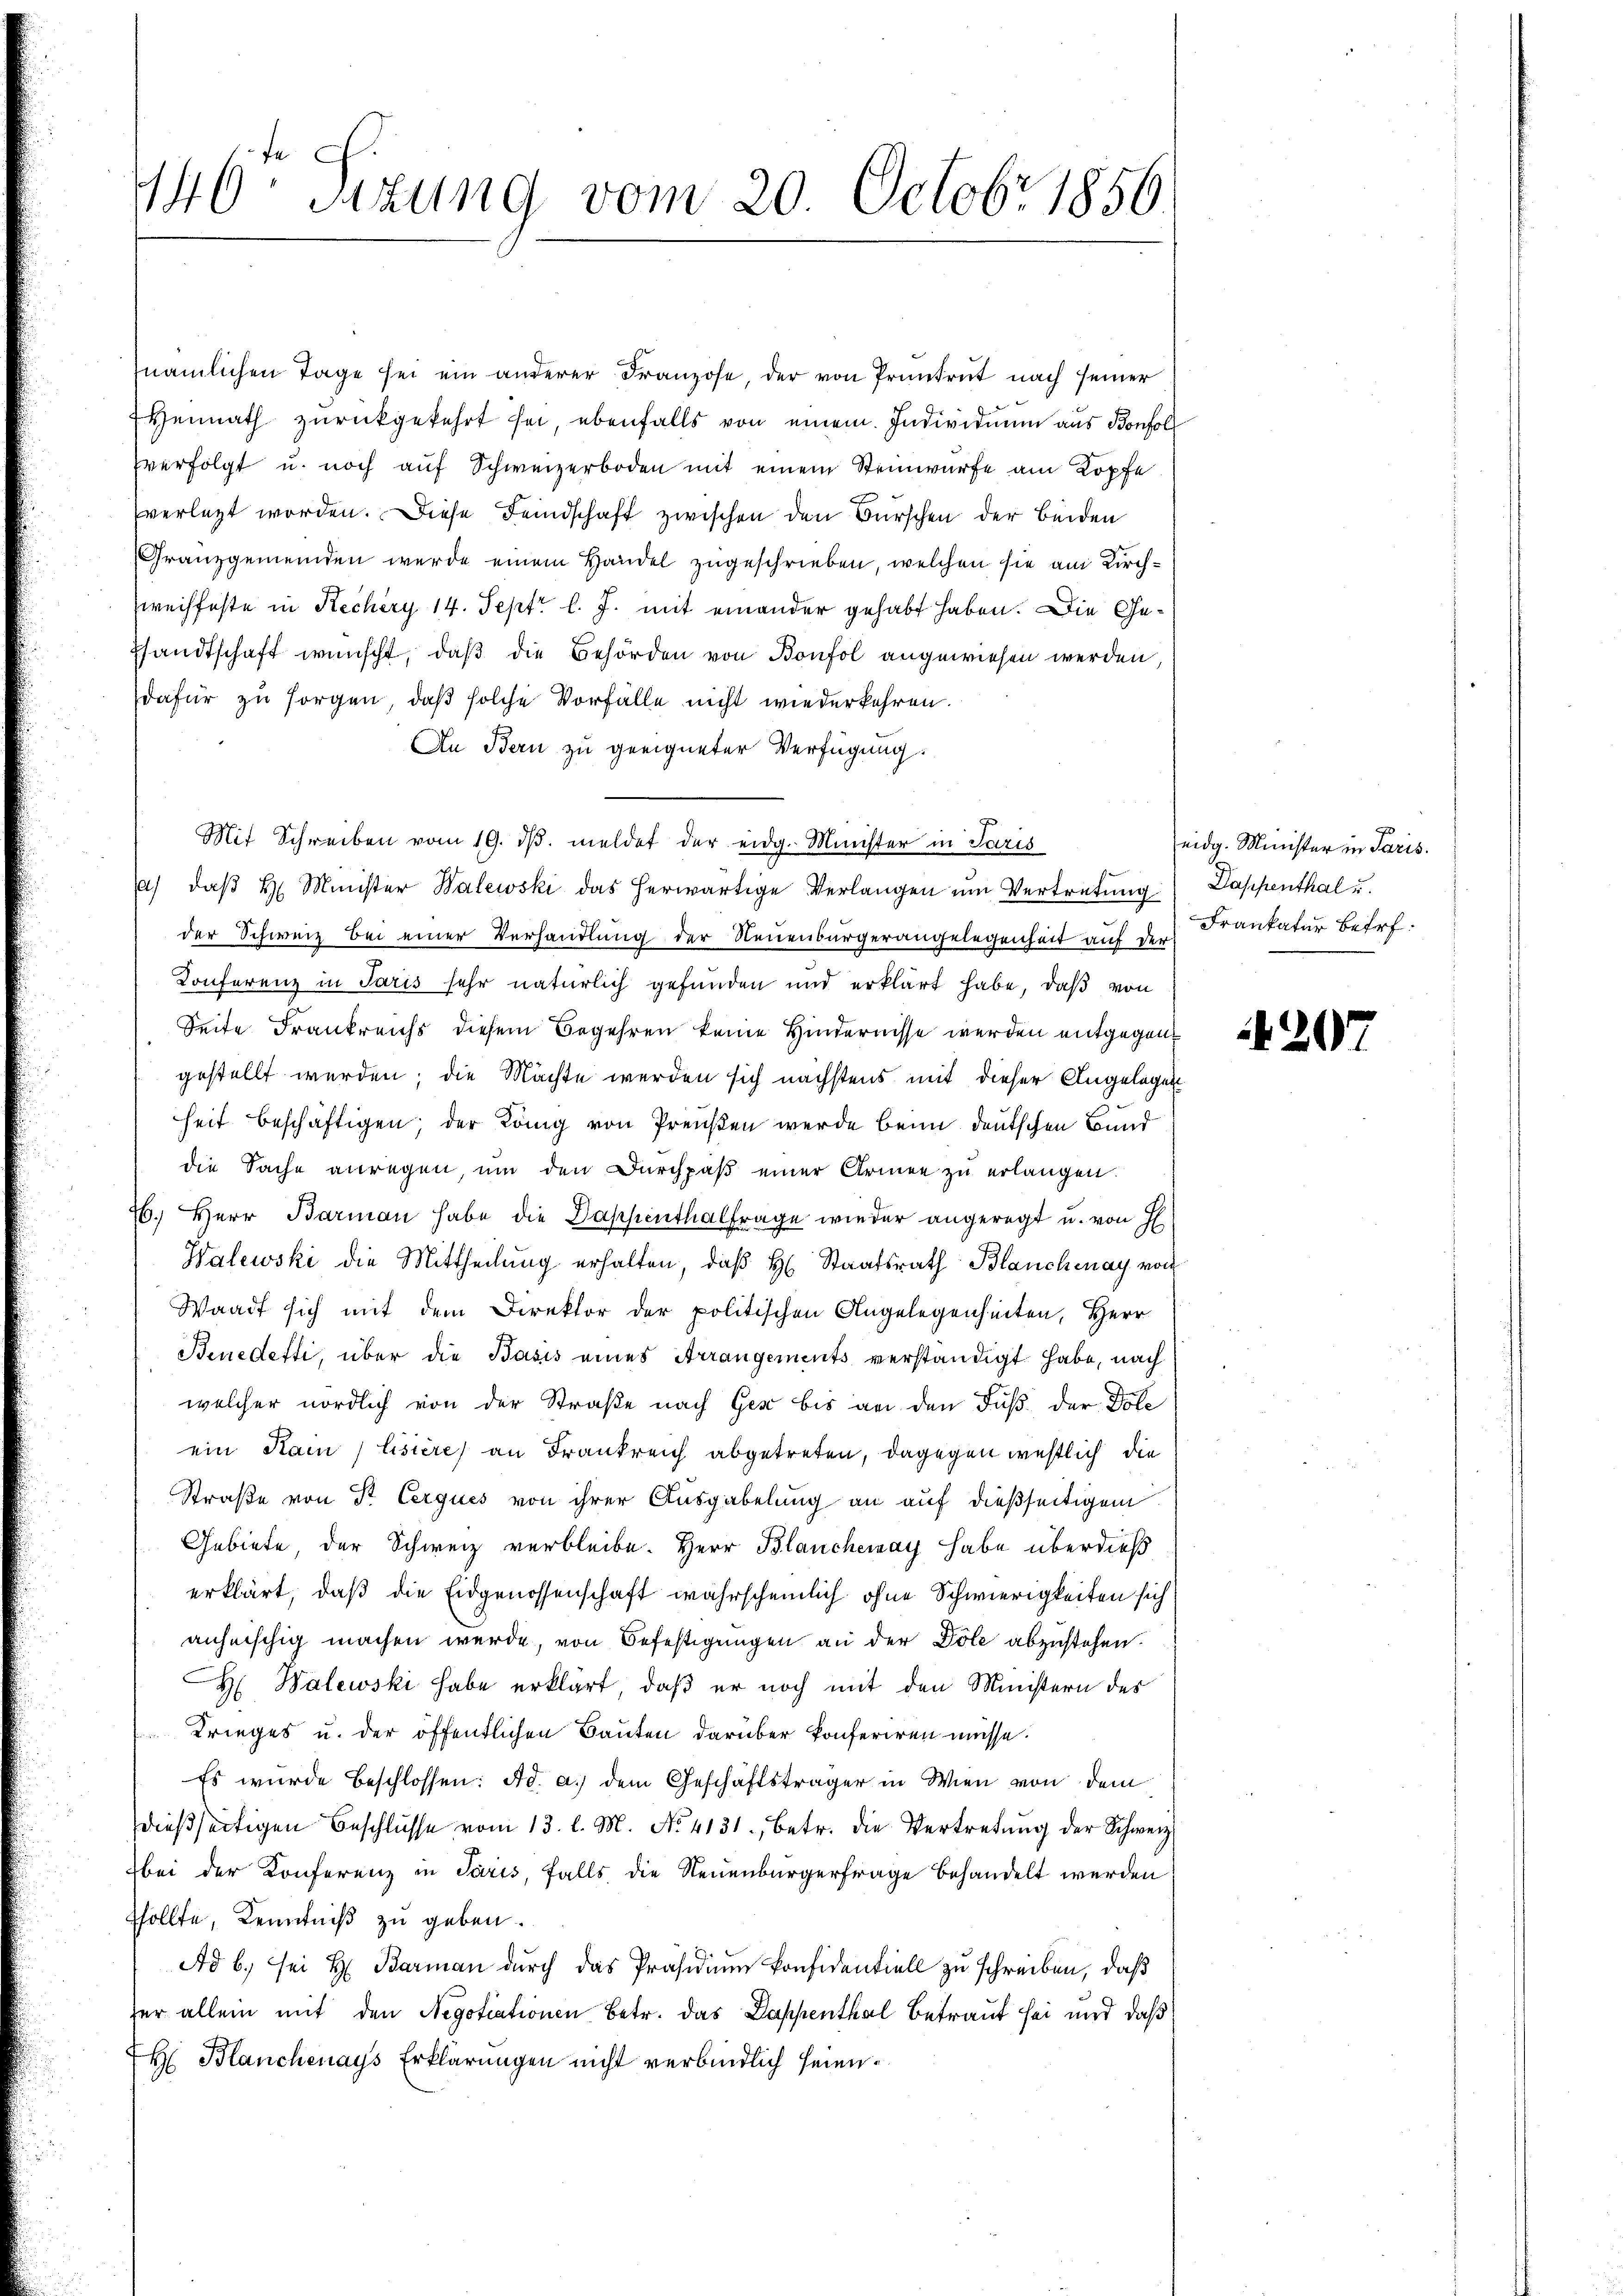
446te Sitzung vom 20. Octobr 1856.

nämlichen Tage sei ein anderer Franzose, der von Prüntent nach seiner
Hennath zurückgekehrt sei, ebenfalls von einem Individuum aus Bonfol
vverfolgt u. noch auf Schweizerboden mit einem Steinwürfe am Kopfe
verlegt worden. Diese Feindschaft zwischen den Burschen der beiden
Granzgemeinden werde einem Handel zugeschrieben, welchen sie am Kirch¬
Zweiffeste in Rechery 14. Sept. l. J. mit einander gehabt haben. Die Ge¬
Psandtschaft wünscht, daß die Behörden von Bonfol angewiesen werden,
dafür zu sorgen, daß solche Vorfälle nicht wiederkehren.
An Bern zu geeigneter Verfügung.
a) daβ H. Minister Walewski das herwärtige Verlangen um Vertretung: Dappenthal u.
der Schweiz bei einer Verhandlung der Neuenburgerangelegenheit auf der Frankatur betr.
Konferenz in Paris sehr natürlich gefunden und erklärt habe, daß von
Seite Frankreichs diesem Begehren keine Hindernisse werden entgegengestellt werden; die Machte werden sich nächstens mit dieser Angelegen
heit beschäftigen; der König von Preußen werde beim deutschen Bund
die Sache anregen, um den Durchpaβ einer Armen zŭ erlangen.
6. Herr Barman habe die Dassenthalfrage wieder angeregt u. von H
Walewski die Mittheilung erhalten, daß H. Staatsrath Blanchenay von
Waadt sich mit dem Direktor der politischen Angelegenheiten, Herr
Benedetti, über die Basis eines Arrangements verständigt habe, nach
welcher nördlich von der Straße nach Gese bis an den Fuß der Pole
ein Kai, lisiere) an Frankreich abgetreten, dagegen westlich die
Straße von Dr. Cerques von ihrer Ausgabelung an auf dießseitigem
Gebiete, der Schweiz verbleibe. Herr Blanchenay habe überdieß
erklärt, daß die Eidgenossenschaft wahrscheinlich ohne Schwierigkeiten sich
anheischig machen werde, von Befestigungen an der Dole abzustehen.
H. Walewski habe erklärt, daß er noch mit den Ministern des
 Krieges u. der öffentlichen Bauten darüber konferiren müsse.
Es wurde beschlossen: Ad. a.) dem Geschäftsträger in Wien von dem
dieβ seitigen Beschlŭsse vom 13. l. M. No. 4131. betr. die Vertretŭng der Schweiz
bei der Konferenz in Paris, falls die Neuenburgerfrage behandelt werden
sollte, Kenntniß zu geben.
Ad b. sei H. Barman durch das Präsidium konfidentiell zu schreiben, daß
her allein mit den Negotiationen Betr. das Dappenthal betraut sei und daß
H Blanchenays Erklärungen nicht verbindlich sein¬

Mit Schreiben vom 19. dβ. meldet der eidg. Minister in Paris

eidg. Minister in Paris.

207